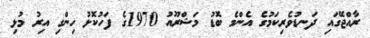
ރާއްޖޭގައި ދަނޑުވެރިކަމުގެ އެންމެ ބޮޑު މަޝްރޫއު 1970ގެ ފަހުކޮޅު ހިންގި އިރު މުޅި